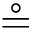
\circeq